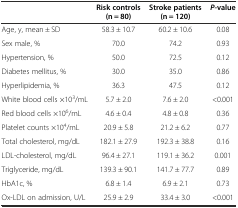
|  | Risk controls (n = 80) | Stroke patients (n = 120) | P-value |
 | --- | --- | --- | --- |
 | Age, y, mean ± SD | 58.3 ± 10.7 | 60.2 ± 10.6 | 0.08 |
 | Sex male, % | 70.0 | 74.2 | 0.93 |
 | Hypertension, % | 50.0 | 72.5 | 0.12 |
 | Diabetes mellitus, % | 30.0 | 35.0 | 0.86 |
 | Hyperlipidemia, % | 36.3 | 47.5 | 0.12 |
 | White blood cells ×103/mL | 5.7 ± 2.0 | 7.6 ± 2.0 | <0.001 |
 | Red blood cells ×106/mL | 4.6 ± 0.4 | 4.8 ± 0.8 | 0.36 |
 | Platelet counts ×104/mL | 20.9 ± 5.8 | 21.2 ± 6.2 | 0.77 |
 | Total cholesterol, mg/dL | 182.1 ± 27.9 | 192.3 ± 38.8 | 0.16 |
 | LDL-cholesterol, mg/dL | 96.4 ± 27.1 | 119.1 ± 36.2 | 0.001 |
 | Triglyceride, mg/dL | 139.3 ± 90.1 | 141.7 ± 77.7 | 0.89 |
 | HbA1c, % | 6.8 ± 1.4 | 6.9 ± 2.1 | 0.73 |
 | Ox-LDL on admission, U/L | 25.9 ± 2.9 | 33.4 ± 3.0 | <0.001 |